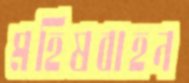
মহিষবাহন